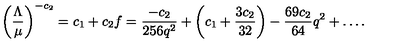
\left( { \frac { \Lambda } { \mu } } \right) ^ { - c _ { 2 } } = c _ { 1 } + c _ { 2 } f = { \frac { - c _ { 2 } } { 2 5 6 q ^ { 2 } } } + \left( c _ { 1 } + { \frac { 3 c _ { 2 } } { 3 2 } } \right) - { \frac { 6 9 c _ { 2 } } { 6 4 } } q ^ { 2 } + \dots .